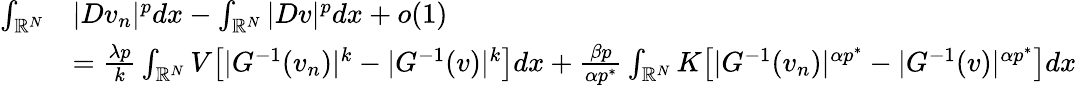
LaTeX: \begin{array}{rl}{\int_{\mathbb R^{N}}}&{|Dv_{n}|^{p}dx-\int_{\mathbb R^{N}}|Dv|^{p}dx+o(1)}\\ &{=\frac{\lambda p}{k}\int_{\mathbb{R}^{N}}V\bigl[|G^{-1}(v_{n})|^{k}-|G^{-1}(v)|^{k}\bigr]dx+\frac{\beta p}{\alpha p^{*}}\int_{\mathbb{R}^{N}}K\bigl[|G^{-1}(v_{n})|^{\alpha p^{*}}-|G^{-1}(v)|^{\alpha p^{*}}\bigr]dx}\end{array}